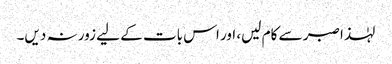
لہٰذا صبر سے کام لیں، اور اس بات کے لیے زور نہ دیں۔